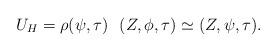
LaTeX: \begin{align*}U_H=\rho(\psi,\tau)\ \ (Z,\phi,\tau)\simeq (Z,\psi,\tau).\end{align*}